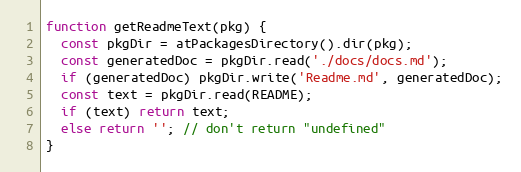
Language: JavaScript
function getReadmeText(pkg) {
  const pkgDir = atPackagesDirectory().dir(pkg);
  const generatedDoc = pkgDir.read('./docs/docs.md');
  if (generatedDoc) pkgDir.write('Readme.md', generatedDoc);
  const text = pkgDir.read(README);
  if (text) return text;
  else return ''; // don't return "undefined"
}